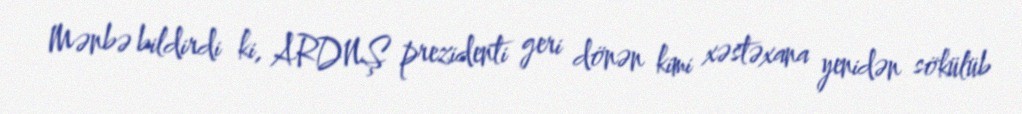
Mənbə bildirdi ki, ARDNŞ prezidenti geri dönən kimi xəstəxana yenidən sökülüb